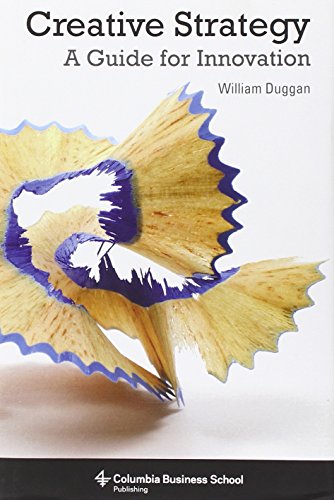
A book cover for Creative Strategy: A Guide for Innovation (Columbia Business School Publishing); William Duggan; Business & Money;